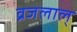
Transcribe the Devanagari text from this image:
व्रजलाल्